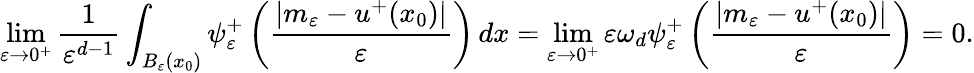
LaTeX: \operatorname*{lim}_{\varepsilon\to 0^{+}}\frac{1}{\varepsilon^{d-1}}\int_{B_{\varepsilon}(x_{0})}\psi_{\varepsilon}^{+}\left(\frac{|m_{\varepsilon}-u^{+}(x_{0})|}{\varepsilon}\right)\, dx=\operatorname*{lim}_{\varepsilon\to 0^{+}}\varepsilon\omega_{d}\psi_{\varepsilon}^{+}\left(\frac{|m_{\varepsilon}-u^{+}(x_{0})|}{\varepsilon}\right)=0.